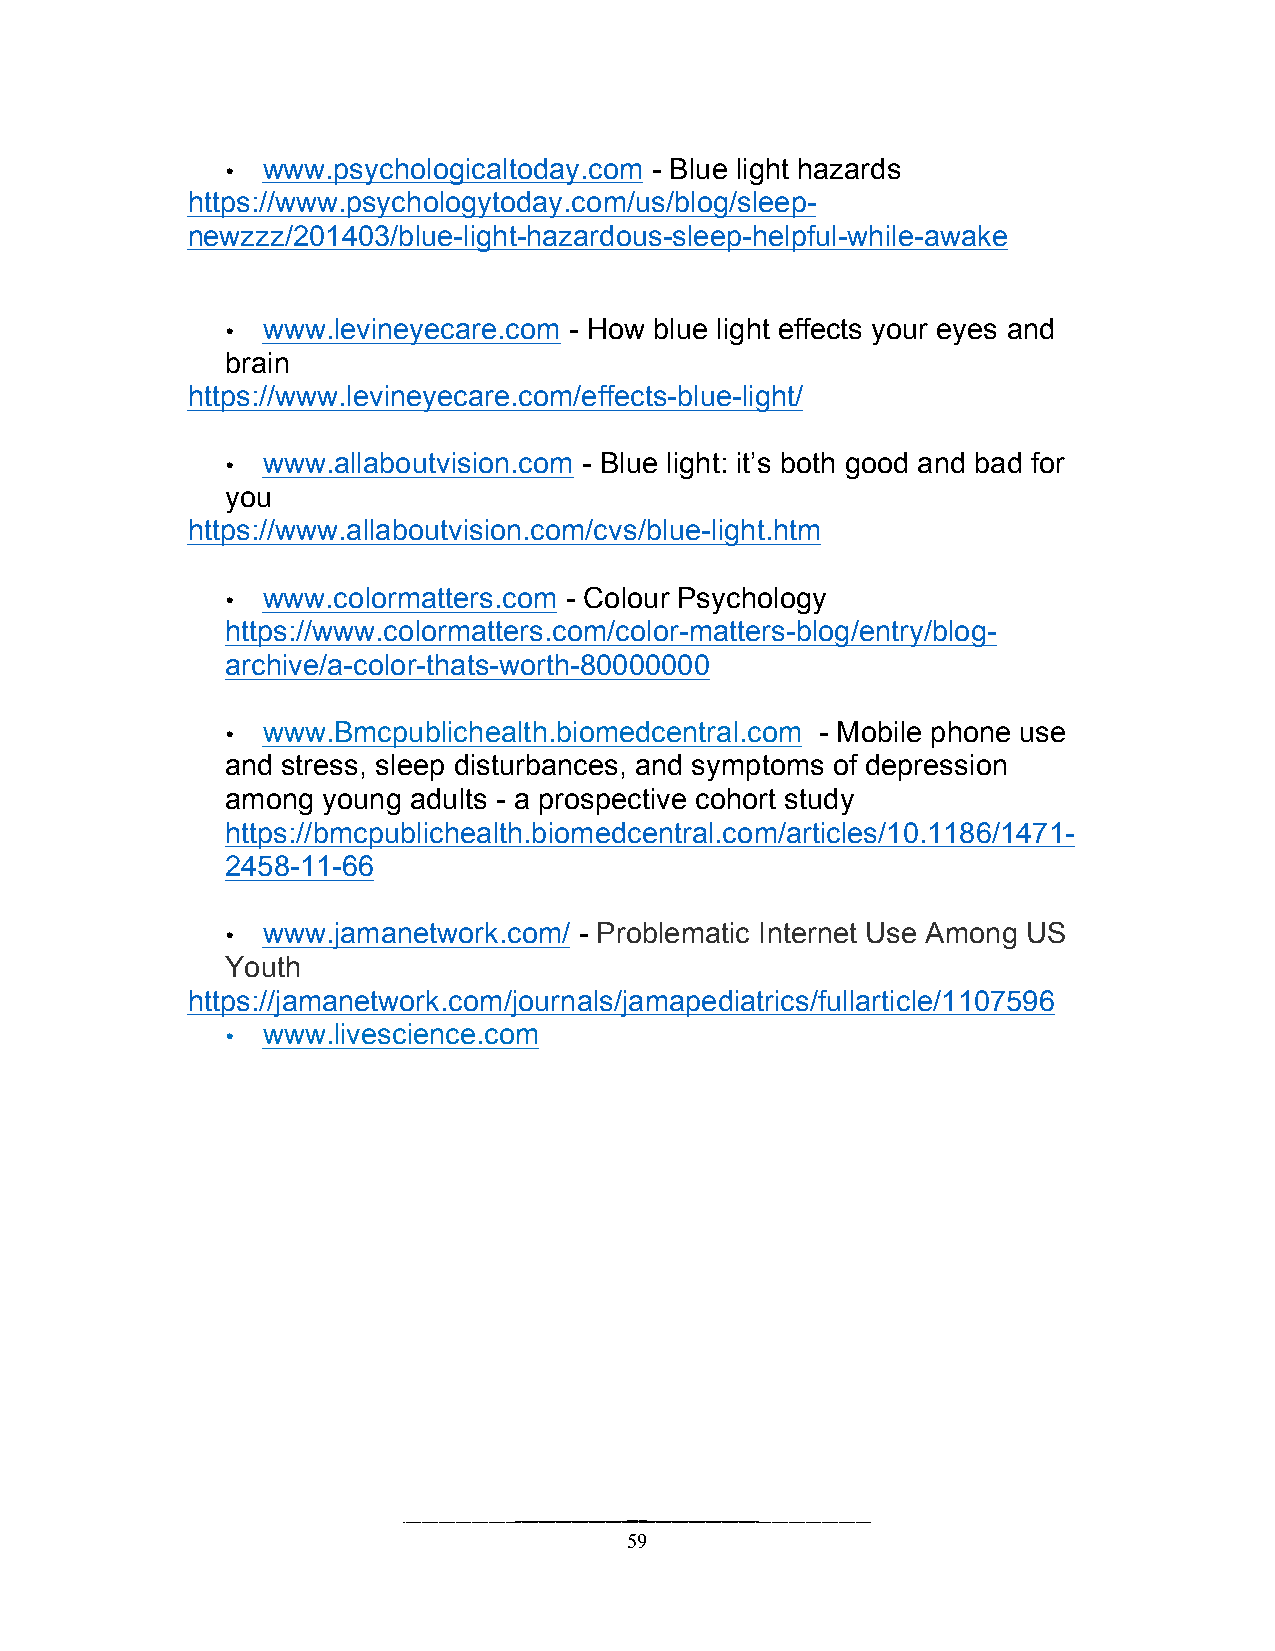
www.psychologicaltoday.com - Blue light hazards
 •
 https://www.psychologytoday.com/us/blog/sleep-
 newzzz/201403/blue-light-hazardous-sleep-helpful-while-awake
 www.levineyecare.com - How blue light effects your eyes and
 •
 brain
 https://www.levineyecare.com/effects-blue-light/
 www.allaboutvision.com - Blue light: it’s both good and bad for
 •
 you
 https://www.allaboutvision.com/cvs/blue-light.htm
 www.colormatters.com - Colour Psychology
 •
 https://www.colormatters.com/color-matters-blog/entry/blog-
 archive/a-color-thats-worth-80000000
 www.Bmcpublichealth.biomedcentral.com - Mobile phone use
 •
 and stress, sleep disturbances, and symptoms of depression
 among young adults - a prospective cohort study
 https://bmcpublichealth.biomedcentral.com/articles/10.1186/1471-
 2458-11-66
 www.jamanetwork.com/ - Problematic Internet Use Among US
 •
 Youth
 https://jamanetwork.com/journals/jamapediatrics/fullarticle/1107596
 www.livescience.com
 •
 59